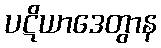
ပဋိယာဒေတွာန